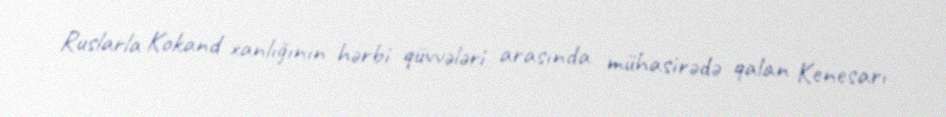
Ruslarla Kokand xanlığının hərbi qüvvələri arasında mühasirədə qalan Kenesarı